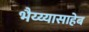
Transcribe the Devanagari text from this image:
भैय्य्यासाहेब